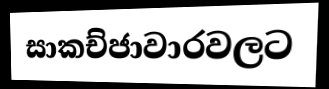
සාකච්ජාවාරවලට